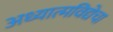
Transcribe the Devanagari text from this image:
अध्यात्मविद्येचा